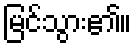
မြင်သွား၏။